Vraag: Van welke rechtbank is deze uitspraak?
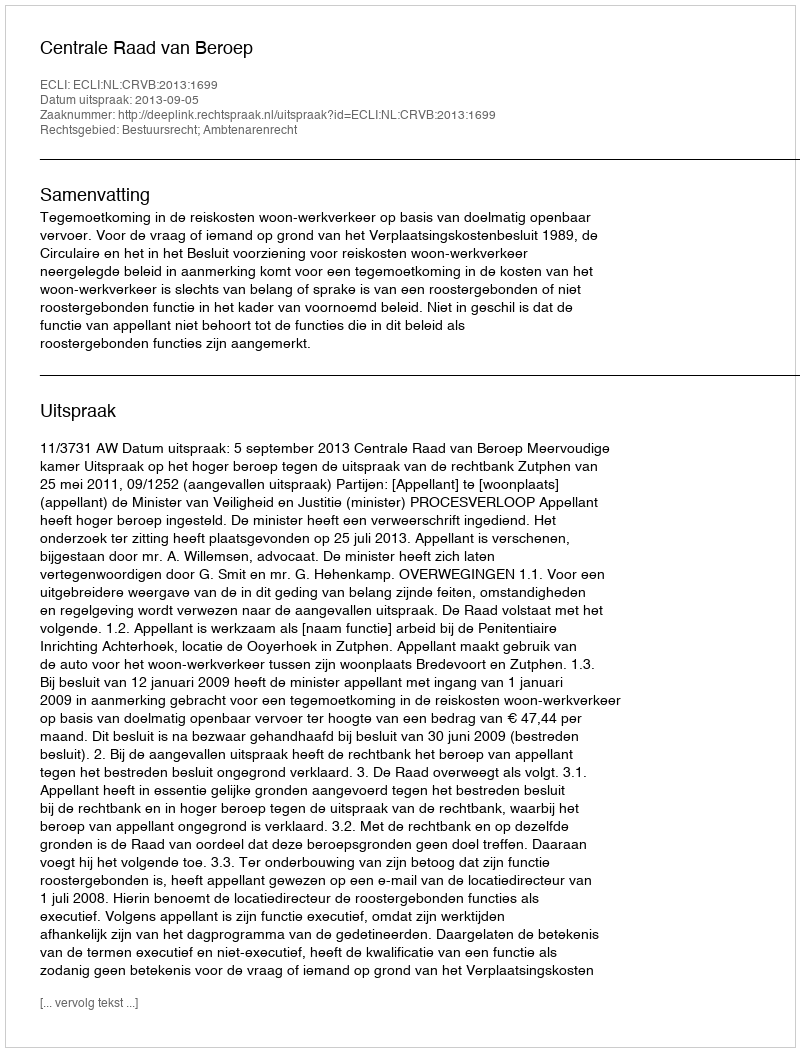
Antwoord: Centrale Raad van Beroep